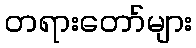
တရားတော်များ